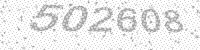
Solution: 502608